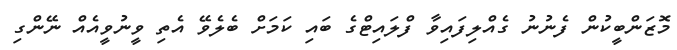
މޮޒަންބީކުން ފެނުނު ގެއްލިފައިވާ ފްލައިޓްގެ ބައި ކަމަށް ބެލެވޭ އެތި ވީނުވީއެއް ނޭންގި